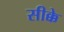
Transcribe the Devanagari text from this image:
सीक्के